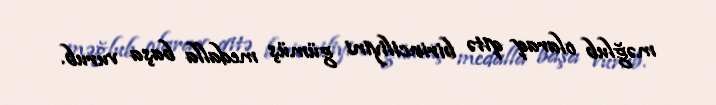
məğlub olaraq qitə birinciliyini gümüş medalla başa vurub.